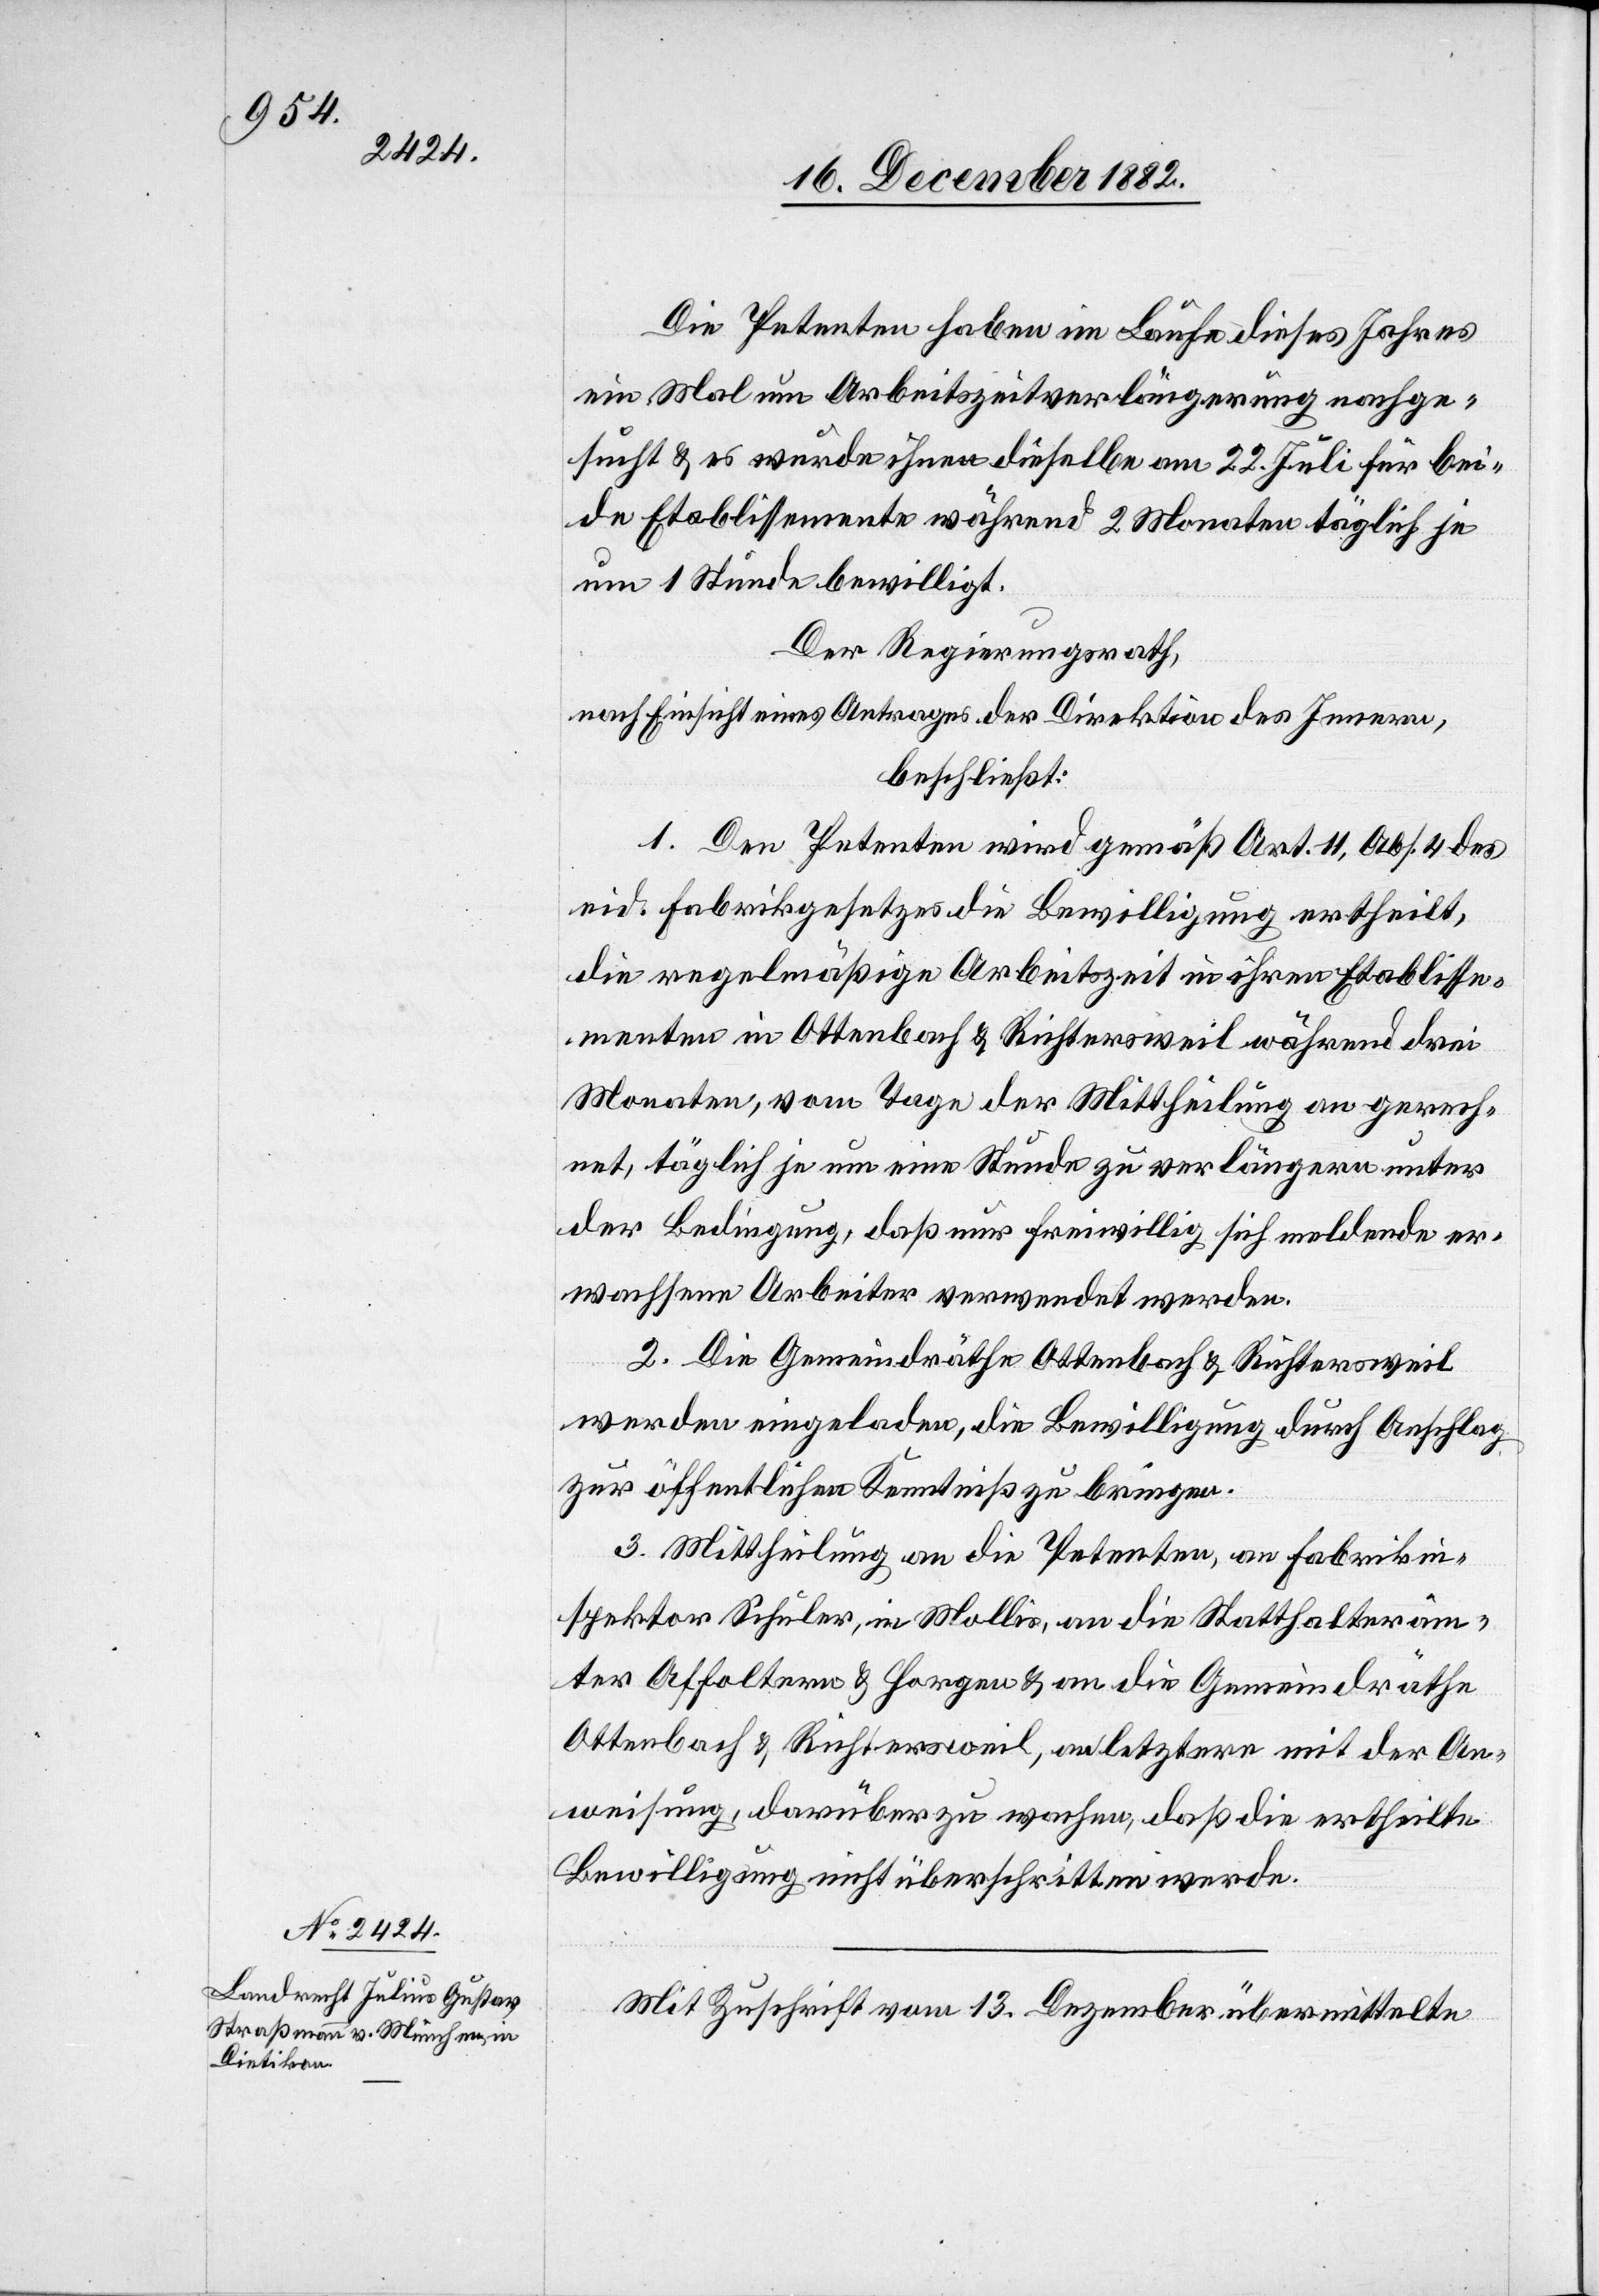
Die Petenten haben im Laufe dieses Jahres
ein Mal um Arbeitszeitverlängerung nachge¬
sucht & es wurde ihnen dieselbe am 22. Juli für bei¬
de Etablissemente während 2 Monaten täglich je
um 1 Stunde bewilligt.
Der Regierungsrath,
nach Einsicht eines Antrages der Direktion des Innern,
beschließt:
1. Den Petenten wird gemäß Art. 11, Abs. 4 des
eid. Fabrikgesetzes die Bewilligung ertheilt,
die regelmäßige Arbeitszeit in ihren Etablisse¬
menten in Ottenbach & Richtersweil während drei
Monaten, vom Tage der Mittheilung an gerech¬
net, täglich je um eine Stunde zu verlängern unter
der Bedingung, daß nur freiwillig sich meldende er¬
wachsene Arbeiter verwendet werden.
2. Die Gemeindräthe Ottenbach & Richtersweil
werden eingeladen, die Bewilligung durch Anschlag
zur öffentlichen Kenntniß zu bringen.
3. Mittheilung an die Petenten, an Fabrikin¬
spektor Schuler, in Mollis, an die Statthalteräm¬
ter Affoltern & Horgen & an die Gemeindräthe
Ottenbach & Richtersweil, an letztere mit der An¬
weisung, darüber zu wachen, daß die ertheilte
Bewilligung nicht überschritten werde.
Mit Zuschrift vom 13. Dezember übermittelte